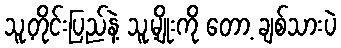
သူ့တိုင်းပြည်နဲ့ သူ့မျိုးကို တော့ ချစ်သားပဲ